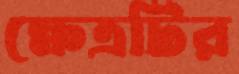
ক্ষেত্রটির